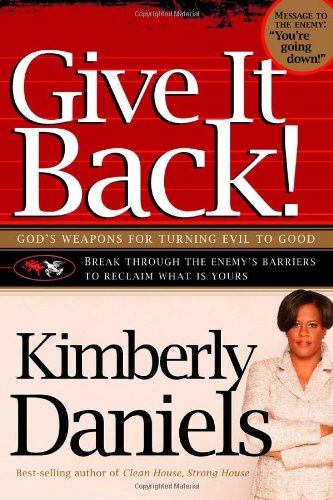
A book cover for Give It Back!: God's Weapons for Turning Evil to Good; Kimberly Daniels; Christian Books & Bibles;